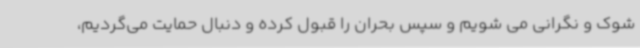
شوک و نگرانی می شویم و سپس بحران را قبول کرده و دنبال حمایت می‌گردیم،